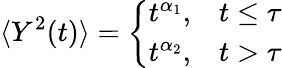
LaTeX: \langle Y^{2}(t)\rangle=\left\{ \begin{array}{ll}{t^{\alpha_{1}},}&{t\leq\tau}\\ {t^{\alpha_{2}},}&{t>\tau}\end{array}\right.